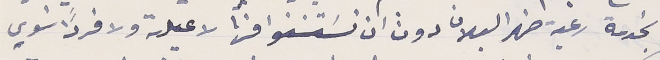
بخدمة رعية ضهر البلان دون ان تسَتسَنوا منها لا عيلة ولا فرداً سَوي